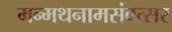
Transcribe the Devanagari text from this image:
मन्मथनामसंवत्सर